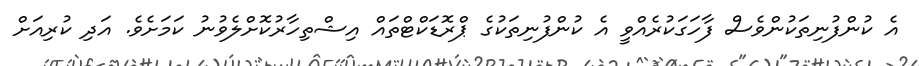
އެ ކުންފުނިތަކުންވެސް ފާހަގަކުރެއްވީ އެ ކުންފުނިތަކުގެ ޕްރޮޑަކްޓްތައް އިޝްތިހާރުކޮށްލެވުނު ކަމަށެވެ. އަދި ކުރިއަށް